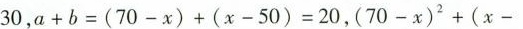
3 0$$，$$a + b = ( 7 0 - x ) + ( x - 5 0 ) = 2 0$$，$$( 7 0 - x ) ^ { 2 } + ( x -